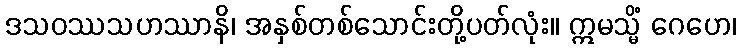
ဒသဝဿသဟဿာနိ၊ အနှစ်တစ်သောင်းတို့ပတ်လုံး။ ဣမသ္မိံ ဂေဟေ၊